Civil Veterinary Dept. Bombay admin report 1932-41 - 1932-1941
Year: 1932
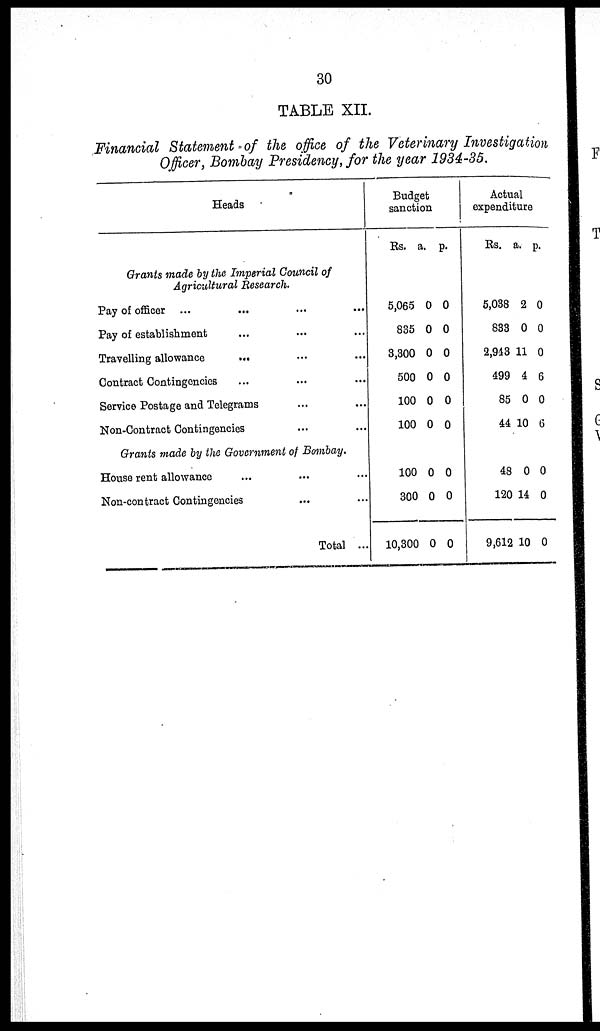
30
TABLE XII.
Financial Statement of the office of the Veterinary Investigation
Officer, Bombay Presidency, for the year 1934-35.
Heads
Grants made by the Imperial Council of
Agricultural Research.
Pay of officer ... ... ... ...
Pay of establishment ... ... ...
Travelling allowance
... .. ...
Contract Contingencies ... ... ...
Service Postage and Telegrams ... ...
Non-Contract Contingencies ... ...
Grants made by the Government of Bombay.
House rent allowance ... ... ...
Non-contract Contingencies ... ...
Total ...
Budget
sanction
Rs. a. p.
5,065
835
3,300
500
100
100
0
0
0
0
0
0
0
0
0
0
0
0
100
300
10,300
0
0
0
0
0
0
Actual
expenditure
Rs. a. p.
5,038
833
2,943
499
85
44
2
0
11
4
0
10
0
0
0
6
0
6
48
120
9,612
0
14
10
0
0
0